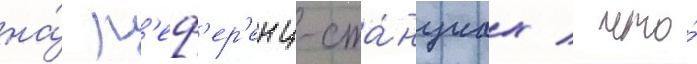
на́ р'еф'ер'енц-ста́нциах / что́